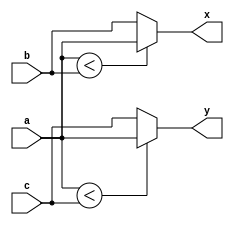
module easyfunction(a,b,c,x,y);
	input [3:0]a,b,c;
	output [3:0]x,y;
	assign x=min_fun(a,b);
	assign y=min_fun(a,c);
	function [3:0]min_fun;
		input [3:0]in1,in2;
		begin
			if(in1<in2) min_fun=in1;
			else min_fun=in2;
		end
	endfunction
endmodule